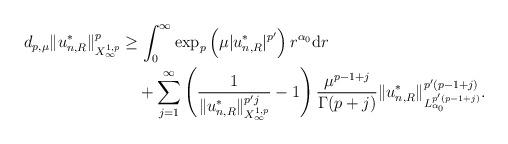
LaTeX: \begin{align*}d_{p,\mu}\|u_{n,R}^*\|^p_{X^{1,p}_\infty}&\geq\int_0^\infty\exp_p\left(\mu|u_{n,R}^*|^{p'}\right)r^{\alpha_0}\mathrm dr\\&\quad+\sum_{j=1}^\infty\left(\dfrac{1}{\|u^*_{n,R}\|^{p'j}_{X^{1,p}_\infty}}-1\right)\dfrac{\mu^{p-1+j}}{\Gamma(p+j)}\|u_{n,R}^*\|^{p'(p-1+j)}_{L_{\alpha_0}^{p'(p-1+j)}}.\end{align*}